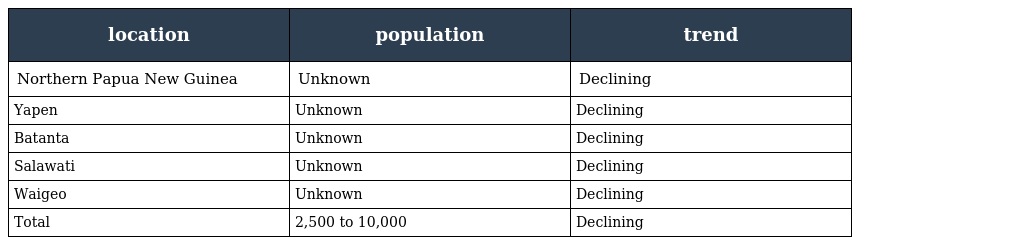
| location | population | trend |
 | --- | --- | --- |
 | Northern Papua New Guinea | Unknown | Declining |
 | Yapen | Unknown | Declining |
 | Batanta | Unknown | Declining |
 | Salawati | Unknown | Declining |
 | Waigeo | Unknown | Declining |
 | Total | 2,500 to 10,000 | Declining |